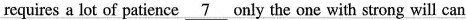
requires a lot of patience \underline{7} only the one with strong will can